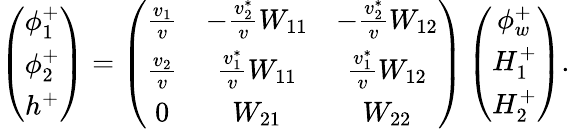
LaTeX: \left(\begin{array}{c}{{\phi_{1}^{+}}}\\ {{\phi_{2}^{+}}}\\ {{h^{+}}}\end{array}\right)=\left(\begin{array}{ccc}{{\frac{v_{1}}{v}}}&{{-\frac{v_{2}^{*}}{v}W_{11}}}&{{-\frac{v_{2}^{*}}{v}W_{12}}}\\ {{\frac{v_{2}}{v}}}&{{\frac{v_{1}^{*}}{v}W_{11}}}&{{\frac{v_{1}^{*}}{v}W_{12}}}\\ {{0}}&{{W_{21}}}&{{W_{22}}}\end{array}\right)\left(\begin{array}{c}{{\phi_{w}^{+}}}\\ {{H_{1}^{+}}}\\ {{H_{2}^{+}}}\end{array}\right).